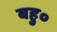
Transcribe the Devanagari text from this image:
बहु०